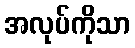
အလုပ်ကိုသာ